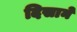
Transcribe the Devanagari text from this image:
दिसाने